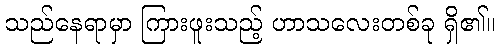
သည်နေရာမှာ ကြားဖူးသည့် ဟာသလေးတစ်ခု ရှိ၏။